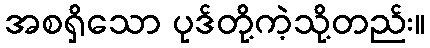
အစရှိသော ပုဒ်တို့ကဲ့သို့တည်း။